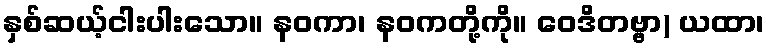
နှစ်ဆယ့်ငါးပါးသော။ နဝကာ၊ နဝကတို့ကို။ ဝေဒိတဗ္ဗာ) ယထာ၊